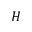
H